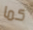
كما